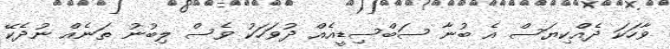
ވާހަކަ ދެއްކިޔަސް އެ ބުނާ ސަބްސިޑީއެއް ދުވަހަކު ވެސް ލިބުނު ތަނެއް ނުދެކޭ